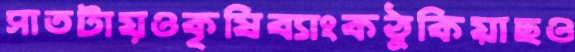
সাতটায়ওকৃষিব্যাংকঠুকিয়াছও